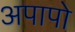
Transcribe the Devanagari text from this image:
अपापो